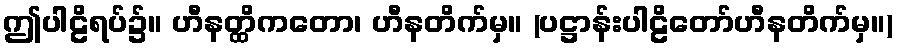
ဤပါဠိရပ်၌။ ဟီနတ္ထိကတော၊ ဟီနတိက်မှ။ (ပဋ္ဌာန်းပါဠိတော်ဟီနတိက်မှ။)